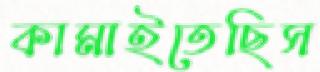
কামাইতেছিস